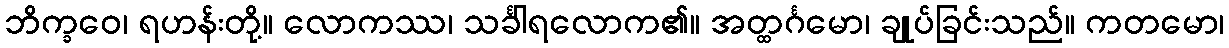
ဘိက္ခဝေ၊ ရဟန်းတို့။ လောကဿ၊ သင်္ခါရလောက၏။ အတ္ထင်္ဂမော၊ ချုပ်ခြင်းသည်။ ကတမော၊